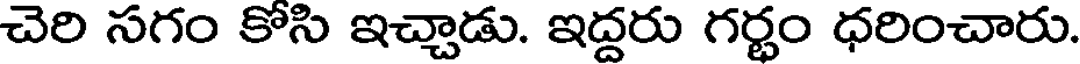
చెరి సగం కోసి ఇచ్చాడు. ఇద్దరు గర్భం ధరించారు.